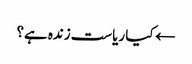
← کیا ریاست زندہ ہے؟